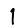
Digit: 1